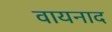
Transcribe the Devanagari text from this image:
वायनाद